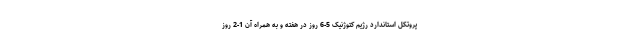
پروتکل استاندارد رژیم کتوژنیک 5-6 روز در هفته و به همراه آن 1-2 روز